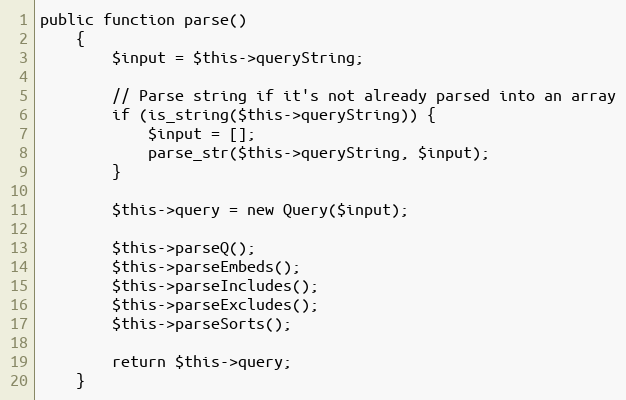
Language: PHP
public function parse()
    {
        $input = $this->queryString;

        // Parse string if it's not already parsed into an array
        if (is_string($this->queryString)) {
            $input = [];
            parse_str($this->queryString, $input);
        }

        $this->query = new Query($input);

        $this->parseQ();
        $this->parseEmbeds();
        $this->parseIncludes();
        $this->parseExcludes();
        $this->parseSorts();

        return $this->query;
    }